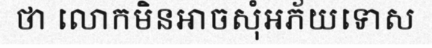
ថា លោកមិនអាចសុំអភ័យទោស